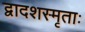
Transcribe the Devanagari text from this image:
द्वादशस्मृताः